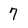
Character: 7